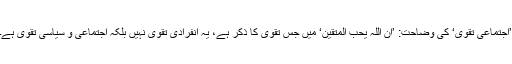
’اجتماعی تقویٰ‘ کی وضاحت: ’اِنَّ اللّٰہَ یُحِبُّ الْمُتَّقِیْنَ‘ میں جس تقویٰ کا ذکر ہے، یہ انفرادی تقویٰ نہیں بلکہ اجتماعی و سیاسی تقویٰ ہے۔